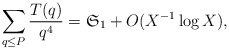
\begin{align*}\sum_{q\le P}\frac{T(q)}{q^4}= \mathfrak{S}_1 +O(X^{-1}\log X),\end{align*}